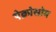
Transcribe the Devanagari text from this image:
ऐक्रोसोम